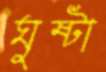
ঘুষ্টা